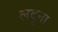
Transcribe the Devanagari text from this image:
लदूना